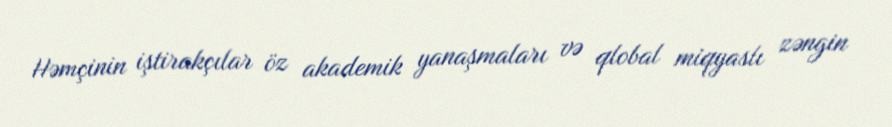
Həmçinin iştirakçılar öz akademik yanaşmaları və qlobal miqyaslı zəngin